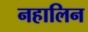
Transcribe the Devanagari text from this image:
नहालिन